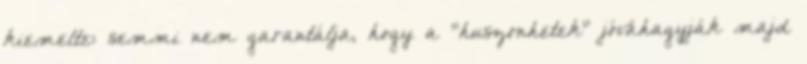
kiemelte: semmi nem garantálja, hogy a "huszonhetek" jóváhagyják majd